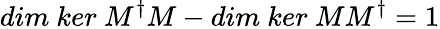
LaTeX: dim\ ker\ M^{\dagger}M-dim\ ker\ MM^{\dagger}=1